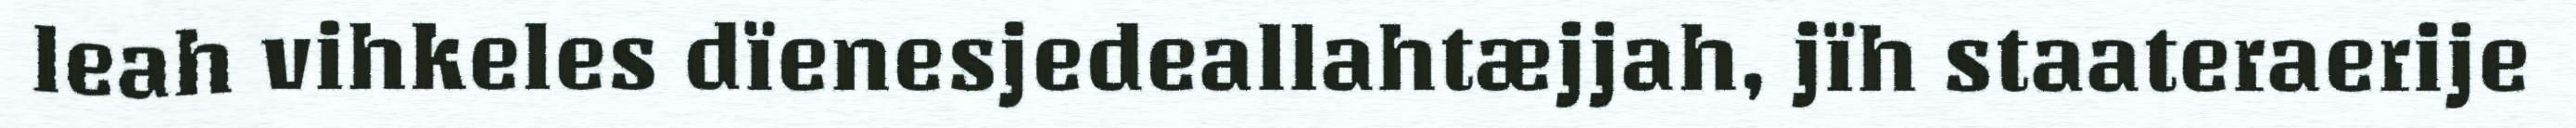
leah vihkeles dïenesjedeallahtæjjah, jïh staateraerije